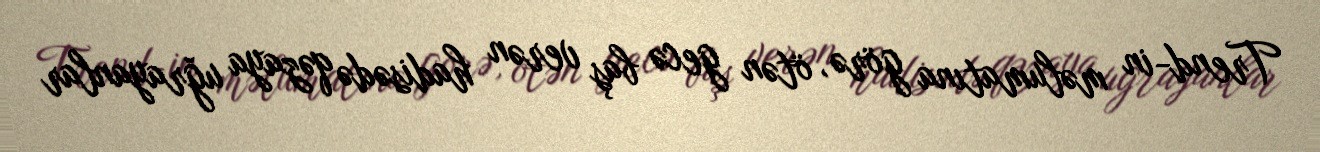
Trend-in məlumatına görə, ötən gecə baş verən hadisədə qəzaya uğrayanlar